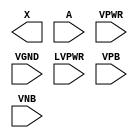
/**
 * Copyright 2020 The SkyWater PDK Authors
 *
 * Licensed under the Apache License, Version 2.0 (the "License");
 * you may not use this file except in compliance with the License.
 * You may obtain a copy of the License at
 *
 *     https://www.apache.org/licenses/LICENSE-2.0
 *
 * Unless required by applicable law or agreed to in writing, software
 * distributed under the License is distributed on an "AS IS" BASIS,
 * WITHOUT WARRANTIES OR CONDITIONS OF ANY KIND, either express or implied.
 * See the License for the specific language governing permissions and
 * limitations under the License.
 *
 * SPDX-License-Identifier: Apache-2.0
 */

`ifndef SKY130_FD_SC_HVL__LSBUFHV2LV_PP_BLACKBOX_V
`define SKY130_FD_SC_HVL__LSBUFHV2LV_PP_BLACKBOX_V

/**
 * lsbufhv2lv: Level-shift buffer, low voltage-to-low voltage.
 *
 * Verilog stub definition (black box with power pins).
 *
 * WARNING: This file is autogenerated, do not modify directly!
 */

`timescale 1ns / 1ps
`default_nettype none

(* blackbox *)
module sky130_fd_sc_hvl__lsbufhv2lv (
    X    ,
    A    ,
    VPWR ,
    VGND ,
    LVPWR,
    VPB  ,
    VNB
);

    output X    ;
    input  A    ;
    input  VPWR ;
    input  VGND ;
    input  LVPWR;
    input  VPB  ;
    input  VNB  ;
endmodule

`default_nettype wire
`endif  // SKY130_FD_SC_HVL__LSBUFHV2LV_PP_BLACKBOX_V